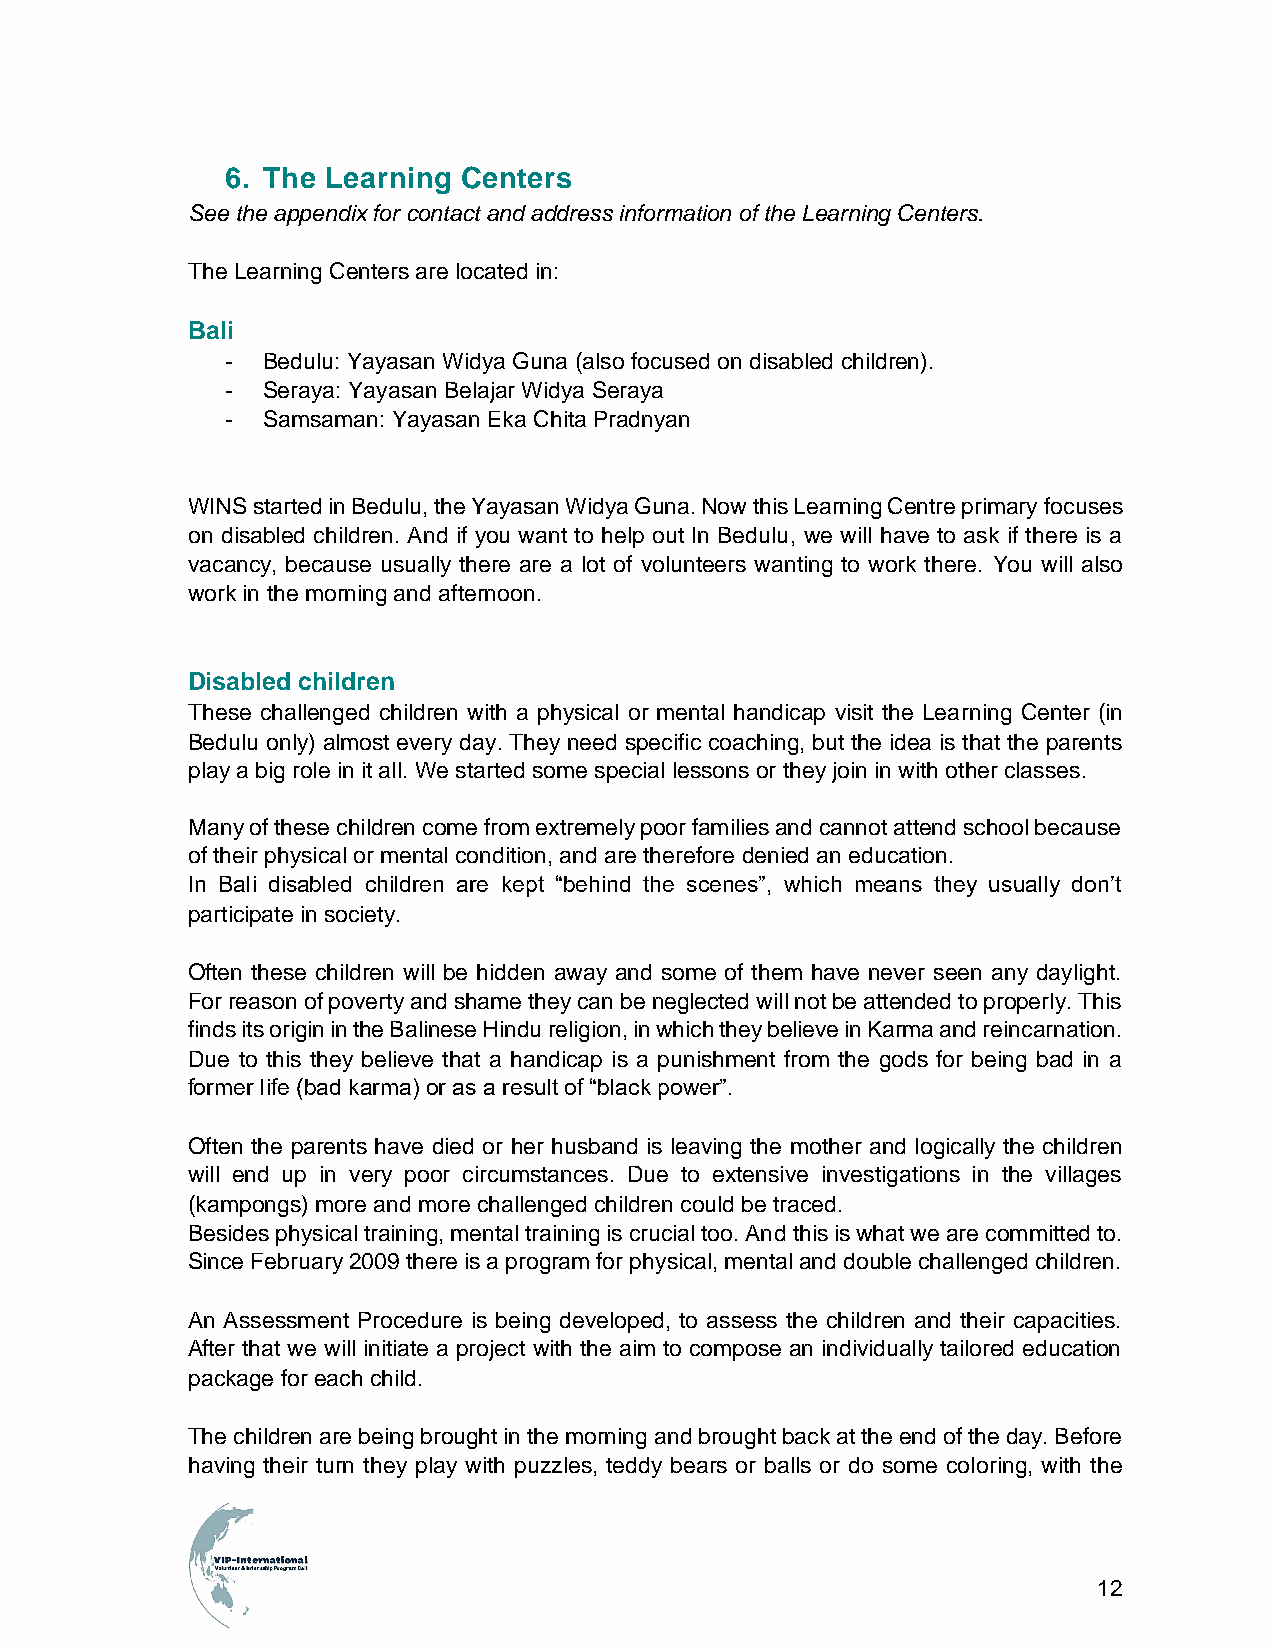
6. The Learning Centers
 See the appendix for contact and address information of the Learning Centers.
 The Learning Centers are located in:
 Bali
 - Bedulu: Yayasan Widya Guna (also focused on disabled children).
 - Seraya: Yayasan Belajar Widya Seraya
 - Samsaman: Yayasan Eka Chita Pradnyan
 WINS started in Bedulu, the Yayasan Widya Guna. Now this Learning Centre primary focuses
 on disabled children. And if you want to help out In Bedulu, we will have to ask if there is a
 vacancy, because usually there are a lot of volunteers wanting to work there. You will also
 work in the morning and afternoon.
 Disabled children
 These challenged children with a physical or mental handicap visit the Learning Center (in
 Bedulu only) almost every day. They need specific coaching, but the idea is that the parents
 play a big role in it all. We started some special lessons or they join in with other classes.
 Many of these children come from extremely poor families and cannot attend school because
 of their physical or mental condition, and are therefore denied an education.
 In Bali disabled children are kept “behind the scenes”, which means they usually don’t
 participate in society.
 Often these children will be hidden away and some of them have never seen any daylight.
 For reason of poverty and shame they can be neglected will not be attended to properly. This
 finds its origin in the Balinese Hindu religion, in which they believe in Karma and reincarnation.
 Due to this they believe that a handicap is a punishment from the gods for being bad in a
 former life (bad karma) or as a result of “black power”.
 Often the parents have died or her husband is leaving the mother and logically the children
 will end up in very poor circumstances. Due to extensive investigations in the villages
 (kampongs) more and more challenged children could be traced.
 Besides physical training, mental training is crucial too. And this is what we are committed to.
 Since February 2009 there is a program for physical, mental and double challenged children.
 An Assessment Procedure is being developed, to assess the children and their capacities.
 After that we will initiate a project with the aim to compose an individually tailored education
 package for each child.
 The children are being brought in the morning and brought back at the end of the day. Before
 having their turn they play with puzzles, teddy bears or balls or do some coloring, with the
 12